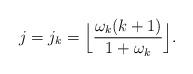
LaTeX: \begin{align*}j = j_k = \Big\lfloor \frac{\omega_k (k+1)}{1+\omega_k} \Big\rfloor.\end{align*}